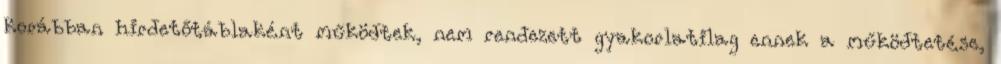
korábban hirdetőtáblaként működtek, nem rendezett gyakorlatilag ennek a működtetése,